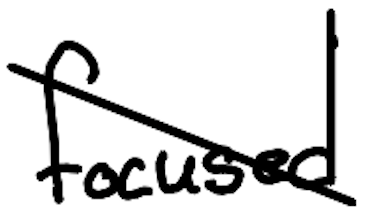
Text: focused
Cross-out: diagonal
Writing tool: digital_black